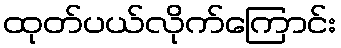
ထုတ်ပယ်လိုက်ကြောင်း